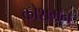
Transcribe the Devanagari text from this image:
कोशमन